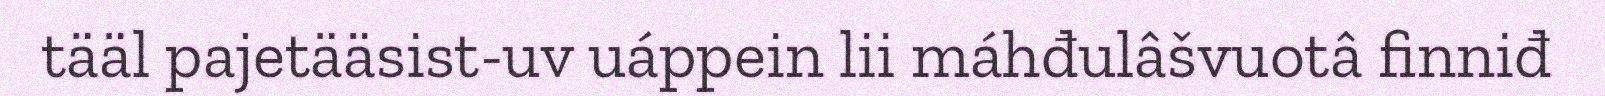
tääl pajetääsist-uv uáppein lii máhđulâšvuotâ finniđ